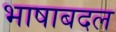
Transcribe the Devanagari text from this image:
भाषाबदल